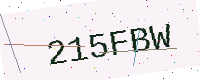
Text: 215FBW